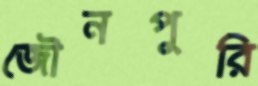
জৌনপুরি